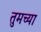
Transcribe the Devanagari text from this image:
तुमच्‍या